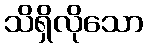
သိရှိလိုသော